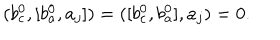
( b _ { c } ^ { 0 } , [ b _ { a } ^ { 0 } , a _ { j } ] ) = ( [ b _ { c } ^ { 0 } , b _ { a } ^ { 0 } ] , a _ { j } ) = 0 .